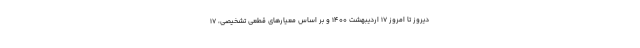
دیروز تا امروز ۱۷ اردیبهشت ۱۴۰۰ و بر اساس معیارهای قطعی تشخیصی، ۱۷